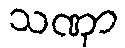
သဏှာ